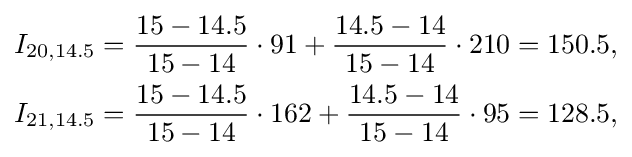
{\begin{aligned}I_{20,14.5}&={\frac {15-14.5}{15-14}}\cdot 91+{\frac {14.5-14}{15-14}}\cdot 210=150.5,\\I_{21,14.5}&={\frac {15-14.5}{15-14}}\cdot 162+{\frac {14.5-14}{15-14}}\cdot 95=128.5,\end{aligned}}